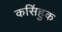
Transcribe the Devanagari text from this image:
कसिंहुक